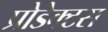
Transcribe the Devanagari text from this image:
प्रोडेक्टस